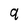
Character: 9